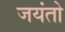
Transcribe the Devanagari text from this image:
जयंतो